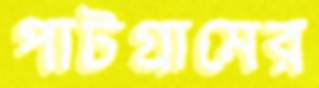
পাটগ্রামের